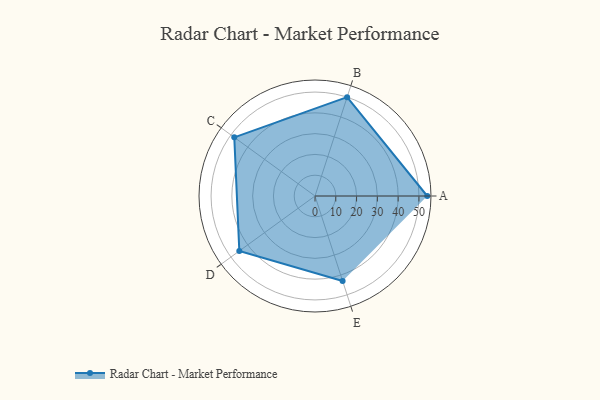
{"axis": {"x": "Skill", "y": "Score"}, "legend": ["Profile"], "data": [{"x": "A", "y": 54.0, "type": "Profile"}, {"x": "B", "y": 50.0, "type": "Profile"}, {"x": "C", "y": 48.0, "type": "Profile"}, {"x": "D", "y": 45.0, "type": "Profile"}, {"x": "E", "y": 43.0, "type": "Profile"}]}